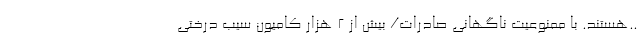
..هستند. با ممنوعیت ناگهانی صادرات/ بیش از ۲ هزار کامیون سیب درختی